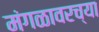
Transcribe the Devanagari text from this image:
मंगळावरच्या